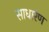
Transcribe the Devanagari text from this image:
साधारंण